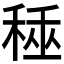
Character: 𥟰